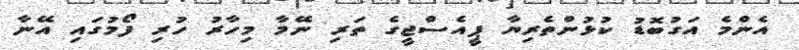
އެންމެ އަގުބޮޑު ކުޅުންތެރިޔާ ޕީއެސްޖީގެ ތަރި ނޭމާ މިހާރު ހުރި ފޯމުގައި އޭނާ